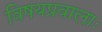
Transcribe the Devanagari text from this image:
विषयप्रवालाः